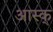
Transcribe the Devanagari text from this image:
आस्क्